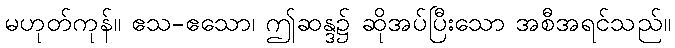
မဟုတ်ကုန်။ ဧသ-ဧသော၊ ဤဆန္ဒ၌ ဆိုအပ်ပြီးသော အစီအရင်သည်။